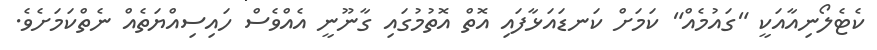
ކެޓެލޯނިއާއަކީ "ގައުމެއް" ކަމަށް ކަނޑައަޅާފައި އޮތް އޮތުމުގައި ގާނޫނީ އެއްވެސް ހައިސިއްޔަތެއް ނެތްކަމަށެވެ.